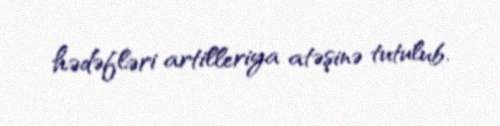
hədəfləri artilleriya atəşinə tutulub.